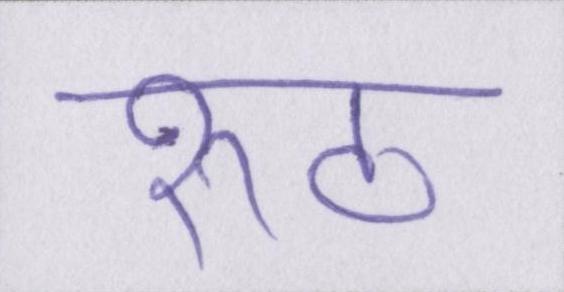
रूठ